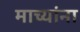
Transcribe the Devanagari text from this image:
माच्यांना